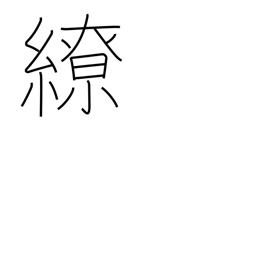
Meaning: twist around